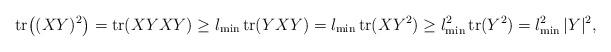
LaTeX: \begin{align*} \mathrm{tr}\big( (XY)^2\big)=\mathrm{tr} (X Y X Y)\geq \l_{{\rm min}}\,\mathrm{tr} (YXY)=\l_{{\rm min}}\,\mathrm{tr} (X Y^2)\geq \l_{{\rm min}}^2 \,\mathrm{tr} (Y^2)=\l_{{\rm min}}^2\,|Y|^2, \end{align*}